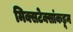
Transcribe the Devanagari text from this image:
मिक्सटेक्सांकडून